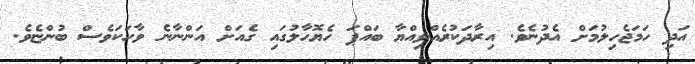
އަދި ހަމަޖެހިލުމަށް އެދުނެވެ. އިރާދަކުރެއްވިއްޔާ ބައްޕަ ހެޔޮހާލުގައި ގެއަށް އަންނާނެ ވާހަކަވެސް ބުންޏެވެ.